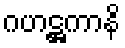
ဂဟဋ္ဌကာနိ